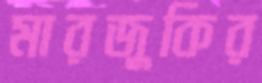
মারজুকির